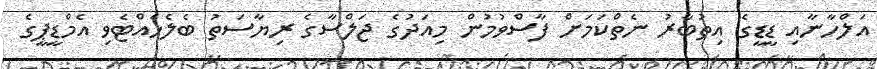
އަލްހާނާއި ޑީޑީގެ އިތުބާރު ނެތްކަމަށް ފާސްވުމުން މިއަދުގެ ޖަލްސާގެ ރިޔާސަތު ބެލެހެއްޓެވި އެމްޑީޕީގެ